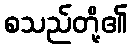
စသည်တို့၏